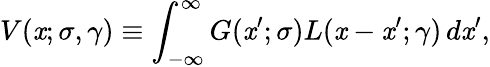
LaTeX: V(\mathit{x};\sigma,\gamma)\equiv\int_{-\infty}^{\infty}G(\mathit{x}^{\prime};\sigma)L(\mathit{x}-\mathit{x}^{\prime};\gamma)\, d\mathit{x}^{\prime},